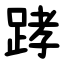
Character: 踍